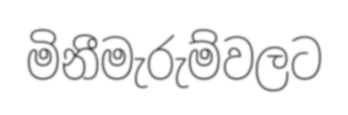
මිනීමැරුම්වලට